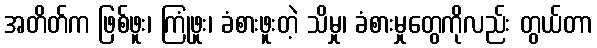
အတိတ်က ဖြစ်ဖူး၊ ကြုံဖူး၊ ခံစားဖူးတဲ့ သိမှု၊ ခံစားမှုတွေကိုလည်း တွယ်တာ